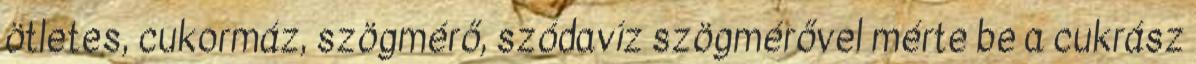
ötletes, cukormáz, szögmérő, szódavíz szögmérővel mérte be a cukrász